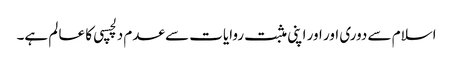
اسلام سے دوری اور اور اپنی مثبت روایات سے عدم دلچسپی کا عا لم ہے۔